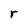
Character: r